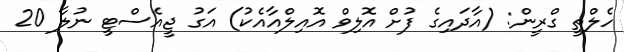
ހެލްތީ ގްރީން: (އާދައިގެ ފުށް އޮލިވް އޮއިލްއާއެކު) އަގު ޖީއެސްޓީ ނުލާ 20